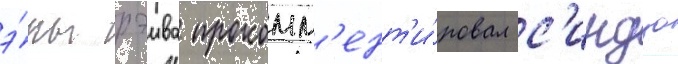
э́ры рэива прокомм'ент'и́ровал с'индзо